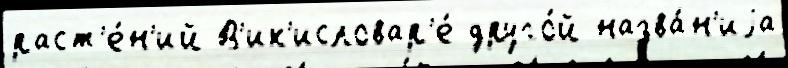
раст'е́н'ий В'ик'исловар'е́ друго́й назва́н'иjа